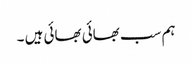
ہم سب بھائی بھائی ہیں ۔